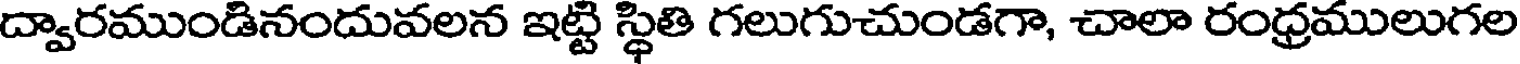
ద్వారముండినందువలన ఇట్టి స్థితి గలుగుచుండగా, చాలా రంధ్రములుగల